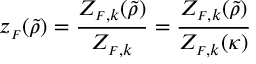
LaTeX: z _ { \scriptscriptstyle F } ( \tilde { \rho } ) = \frac { Z _ { { \scriptscriptstyle F } , k } ( \tilde { \rho } ) } { Z _ { { \scriptscriptstyle F } , k } } = \frac { Z _ { { \scriptscriptstyle F } , k } ( \tilde { \rho } ) } { Z _ { { \scriptscriptstyle F } , k } ( \kappa ) }